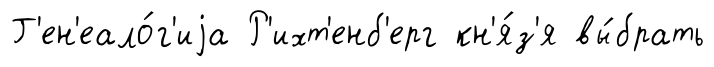
Г'ен'еало́г'иjа Р'ихт'енб'ерг кн'я́з'я вы́брать